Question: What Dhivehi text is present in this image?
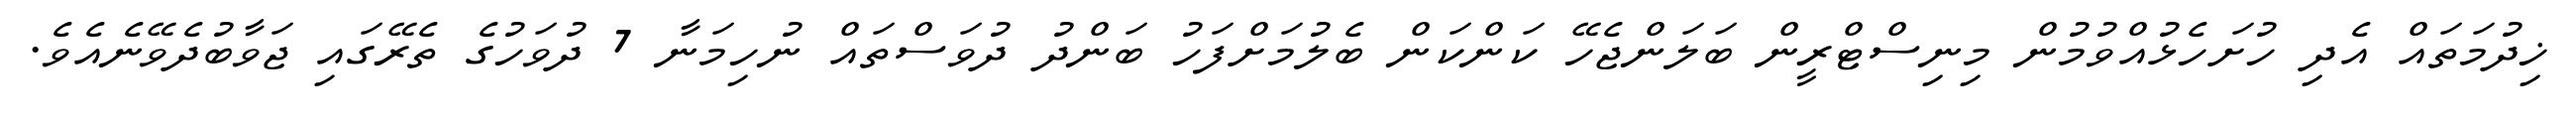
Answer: ޚިދުމަތައް އެދި ހުށަހެޅުއްވުމުން މިނިސްޓްރީން ބަލަންޖެހޭ ކަންކަން ބެލުމަށްފަހު ބަންދު ދުވަސްތައް ނުހިމަނާ 7 ދުވަހުގެ ތެރޭގައި ޖަވާބުދެވޭނެއެވެ.